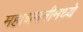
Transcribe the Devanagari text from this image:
महाधमनीमध्ये